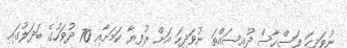
ނުވަދިހަ ފަސްހާސް ދުއިސައްތަ ނުވަދިހަ އަށް ރުފިޔާ ކަމަށާއި 70 ދުވަހުގެ ބަދަލުގައި